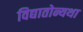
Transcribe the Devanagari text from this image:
विद्यातोन्यथा